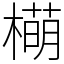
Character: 橗